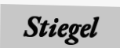
Stiegel